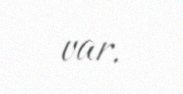
var.